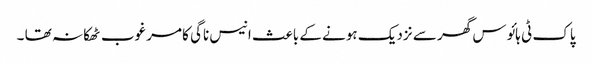
پاک ٹی ہائوس گھر سے نزدیک ہونے کے باعث انیس ناگی کا مرغوب ٹھکانہ تھا ۔